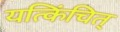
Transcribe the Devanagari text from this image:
यत्किंचित्‌